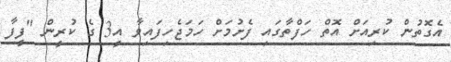
އެގޮތުން ކުރިއަށް އޮތް ހަފްތާގައި ފެށުމަށް ހަމަޖެހިފައިވާ އީ3 ގެ ކުރީން "ފީފާ